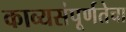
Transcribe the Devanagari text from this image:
काव्यसंपूर्णतेचा